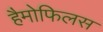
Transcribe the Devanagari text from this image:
हैमोफिलस